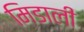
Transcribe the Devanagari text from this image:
मिडाली